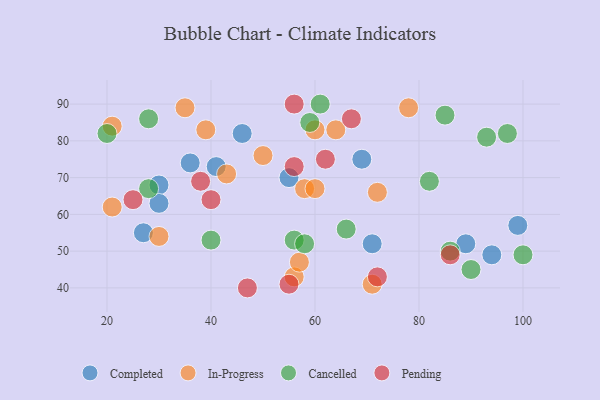
{"axis": {"x": "GDP", "y": "Life Expectancy"}, "legend": ["Cancelled", "Completed", "In-Progress", "Pending"], "data": [{"x": "46", "y": 82, "type": "Completed"}, {"x": "55", "y": 70, "type": "Completed"}, {"x": "30", "y": 68, "type": "Completed"}, {"x": "99", "y": 57, "type": "Completed"}, {"x": "71", "y": 52, "type": "Completed"}, {"x": "27", "y": 55, "type": "Completed"}, {"x": "36", "y": 74, "type": "Completed"}, {"x": "30", "y": 63, "type": "Completed"}, {"x": "69", "y": 75, "type": "Completed"}, {"x": "41", "y": 73, "type": "Completed"}, {"x": "94", "y": 49, "type": "Completed"}, {"x": "89", "y": 52, "type": "Completed"}, {"x": "58", "y": 67, "type": "In-Progress"}, {"x": "39", "y": 83, "type": "In-Progress"}, {"x": "78", "y": 89, "type": "In-Progress"}, {"x": "30", "y": 54, "type": "In-Progress"}, {"x": "56", "y": 43, "type": "In-Progress"}, {"x": "60", "y": 67, "type": "In-Progress"}, {"x": "72", "y": 66, "type": "In-Progress"}, {"x": "64", "y": 83, "type": "In-Progress"}, {"x": "43", "y": 71, "type": "In-Progress"}, {"x": "57", "y": 47, "type": "In-Progress"}, {"x": "35", "y": 89, "type": "In-Progress"}, {"x": "60", "y": 83, "type": "In-Progress"}, {"x": "21", "y": 84, "type": "In-Progress"}, {"x": "50", "y": 76, "type": "In-Progress"}, {"x": "71", "y": 41, "type": "In-Progress"}, {"x": "21", "y": 62, "type": "In-Progress"}, {"x": "20", "y": 82, "type": "Cancelled"}, {"x": "40", "y": 53, "type": "Cancelled"}, {"x": "56", "y": 53, "type": "Cancelled"}, {"x": "97", "y": 82, "type": "Cancelled"}, {"x": "59", "y": 85, "type": "Cancelled"}, {"x": "66", "y": 56, "type": "Cancelled"}, {"x": "61", "y": 90, "type": "Cancelled"}, {"x": "28", "y": 67, "type": "Cancelled"}, {"x": "82", "y": 69, "type": "Cancelled"}, {"x": "100", "y": 49, "type": "Cancelled"}, {"x": "85", "y": 87, "type": "Cancelled"}, {"x": "86", "y": 50, "type": "Cancelled"}, {"x": "90", "y": 45, "type": "Cancelled"}, {"x": "93", "y": 81, "type": "Cancelled"}, {"x": "58", "y": 52, "type": "Cancelled"}, {"x": "28", "y": 86, "type": "Cancelled"}, {"x": "62", "y": 75, "type": "Pending"}, {"x": "55", "y": 41, "type": "Pending"}, {"x": "56", "y": 90, "type": "Pending"}, {"x": "56", "y": 73, "type": "Pending"}, {"x": "72", "y": 43, "type": "Pending"}, {"x": "40", "y": 64, "type": "Pending"}, {"x": "86", "y": 49, "type": "Pending"}, {"x": "47", "y": 40, "type": "Pending"}, {"x": "25", "y": 64, "type": "Pending"}, {"x": "67", "y": 86, "type": "Pending"}, {"x": "38", "y": 69, "type": "Pending"}]}